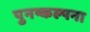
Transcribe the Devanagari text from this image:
पुनष्कल्पना